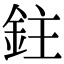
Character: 鉒